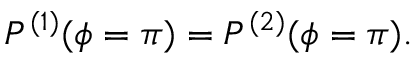
P ^ { ( 1 ) } ( \phi = \pi ) = P ^ { ( 2 ) } ( \phi = \pi ) .